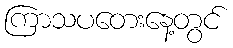
ကြာသပတေးနေ့တွင်